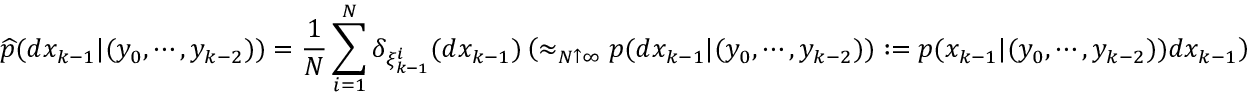
{ \widehat { p } } ( d x _ { k - 1 } | ( y _ { 0 } , \cdots , y _ { k - 2 } ) ) = { \frac { 1 } { N } } \sum _ { i = 1 } ^ { N } \delta _ { \xi _ { k - 1 } ^ { i } } ( d x _ { k - 1 } ) \left( \approx _ { N \uparrow \infty } p ( d x _ { k - 1 } | ( y _ { 0 } , \cdots , y _ { k - 2 } ) ) : = { p } ( x _ { k - 1 } | ( y _ { 0 } , \cdots , y _ { k - 2 } ) ) d x _ { k - 1 } \right)